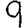
Digit: 9